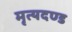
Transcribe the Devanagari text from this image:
मृत्यदण्ड